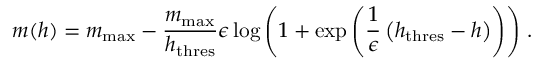
m ( h ) = m _ { \mathrm { m a x } } - \frac { m _ { \mathrm { m a x } } } { h _ { \mathrm { t h r e s } } } \epsilon \log \left( 1 + \exp \left( \frac { 1 } { \epsilon } \left( h _ { \mathrm { t h r e s } } - h \right) \right) \right) \, .